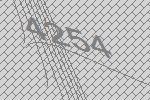
4254